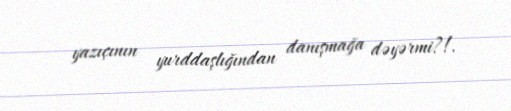
yazıçının yurddaşlığından danışmağa dəyərmi?!.